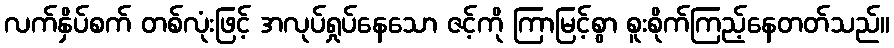
လက်နှိပ်စက် တစ်လုံးဖြင့် အလုပ်ရှုပ်နေသော ဇင့်ကို ကြာမြင့်စွာ စူးစိုက်ကြည့်နေတတ်သည်။